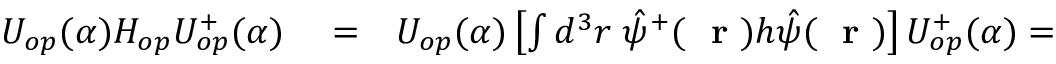
\begin{array} { r l r } { U _ { o p } ( \alpha ) H _ { o p } U _ { o p } ^ { + } ( \alpha ) } & { { } = } & { U _ { o p } ( \alpha ) \left[ \int d ^ { 3 } r \; \hat { \psi } ^ { + } ( \mathrm { ~ \bf ~ r ~ } ) h \hat { \psi } ( \mathrm { ~ \bf ~ r ~ } ) \right] U _ { o p } ^ { + } ( \alpha ) = } \end{array}